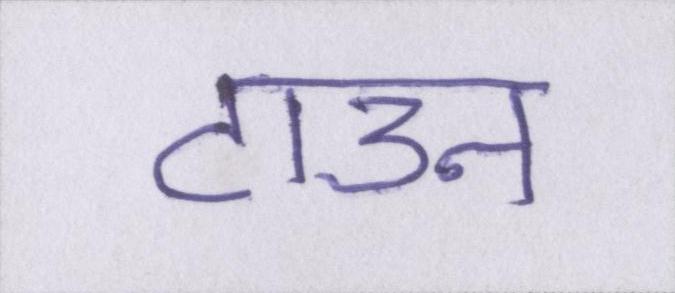
टाउन